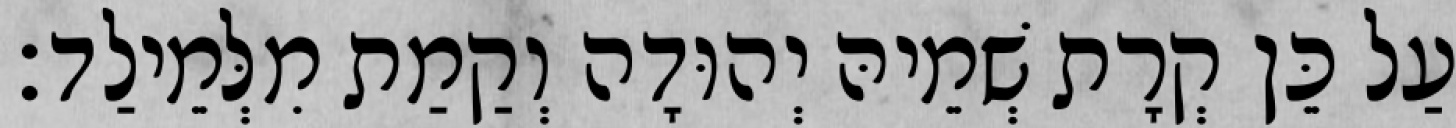
עַל כֵּן קְרָת שְׁמֵיהּ יְהוּדָה וְקַמַת מִלְּמֵילַד׃